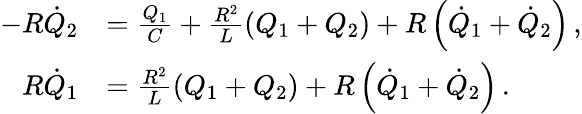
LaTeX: \begin{array}{rl}{-R\dot{Q}_{2}}&{=\frac{Q_{1}}{C}+\frac{R^{2}}{L}\left(Q_{1}+Q_{2}\right)+R\left(\dot{Q}_{1}+\dot{Q}_{2}\right)\, ,}\\ {R\dot{Q}_{1}}&{=\frac{R^{2}}{L}\left(Q_{1}+Q_{2}\right)+R\left(\dot{Q}_{1}+\dot{Q}_{2}\right)\, .}\end{array}